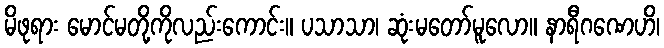
မိဖုရား မောင်မတို့ကိုလည်းကောင်း။ ပသာသာ၊ ဆုံးမတော်မူလော။ နာရီဂဏေဟိ၊